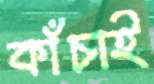
কাঁচাই